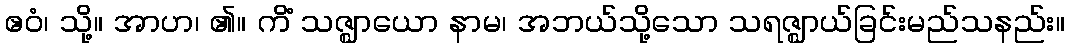
ဧဝံ၊ သို့။ အာဟ၊ ၏။ ကိံ သဇ္ဈာယော နာမ၊ အဘယ်သို့သော သရဇ္ဈာယ်ခြင်းမည်သနည်း။